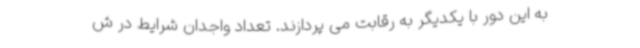
به این دور با یکدیگر به رقابت می پردازند. تعداد واجدان شرایط در ش